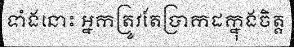
ទាំងនោះ អ្នកត្រូវតែប្រាកដក្នុងចិត្ត